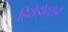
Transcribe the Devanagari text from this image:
हिरोडोटसचे